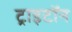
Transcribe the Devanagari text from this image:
ट्राइटॉन